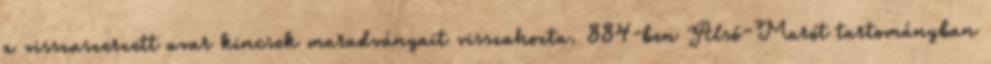
a visszaszerzett avar kincsek maradványait visszahozta. 884-ben Alsó-Marót tartományban